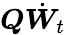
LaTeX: \boldsymbol{Q}\dot{{\boldsymbol{W}}}_{t}